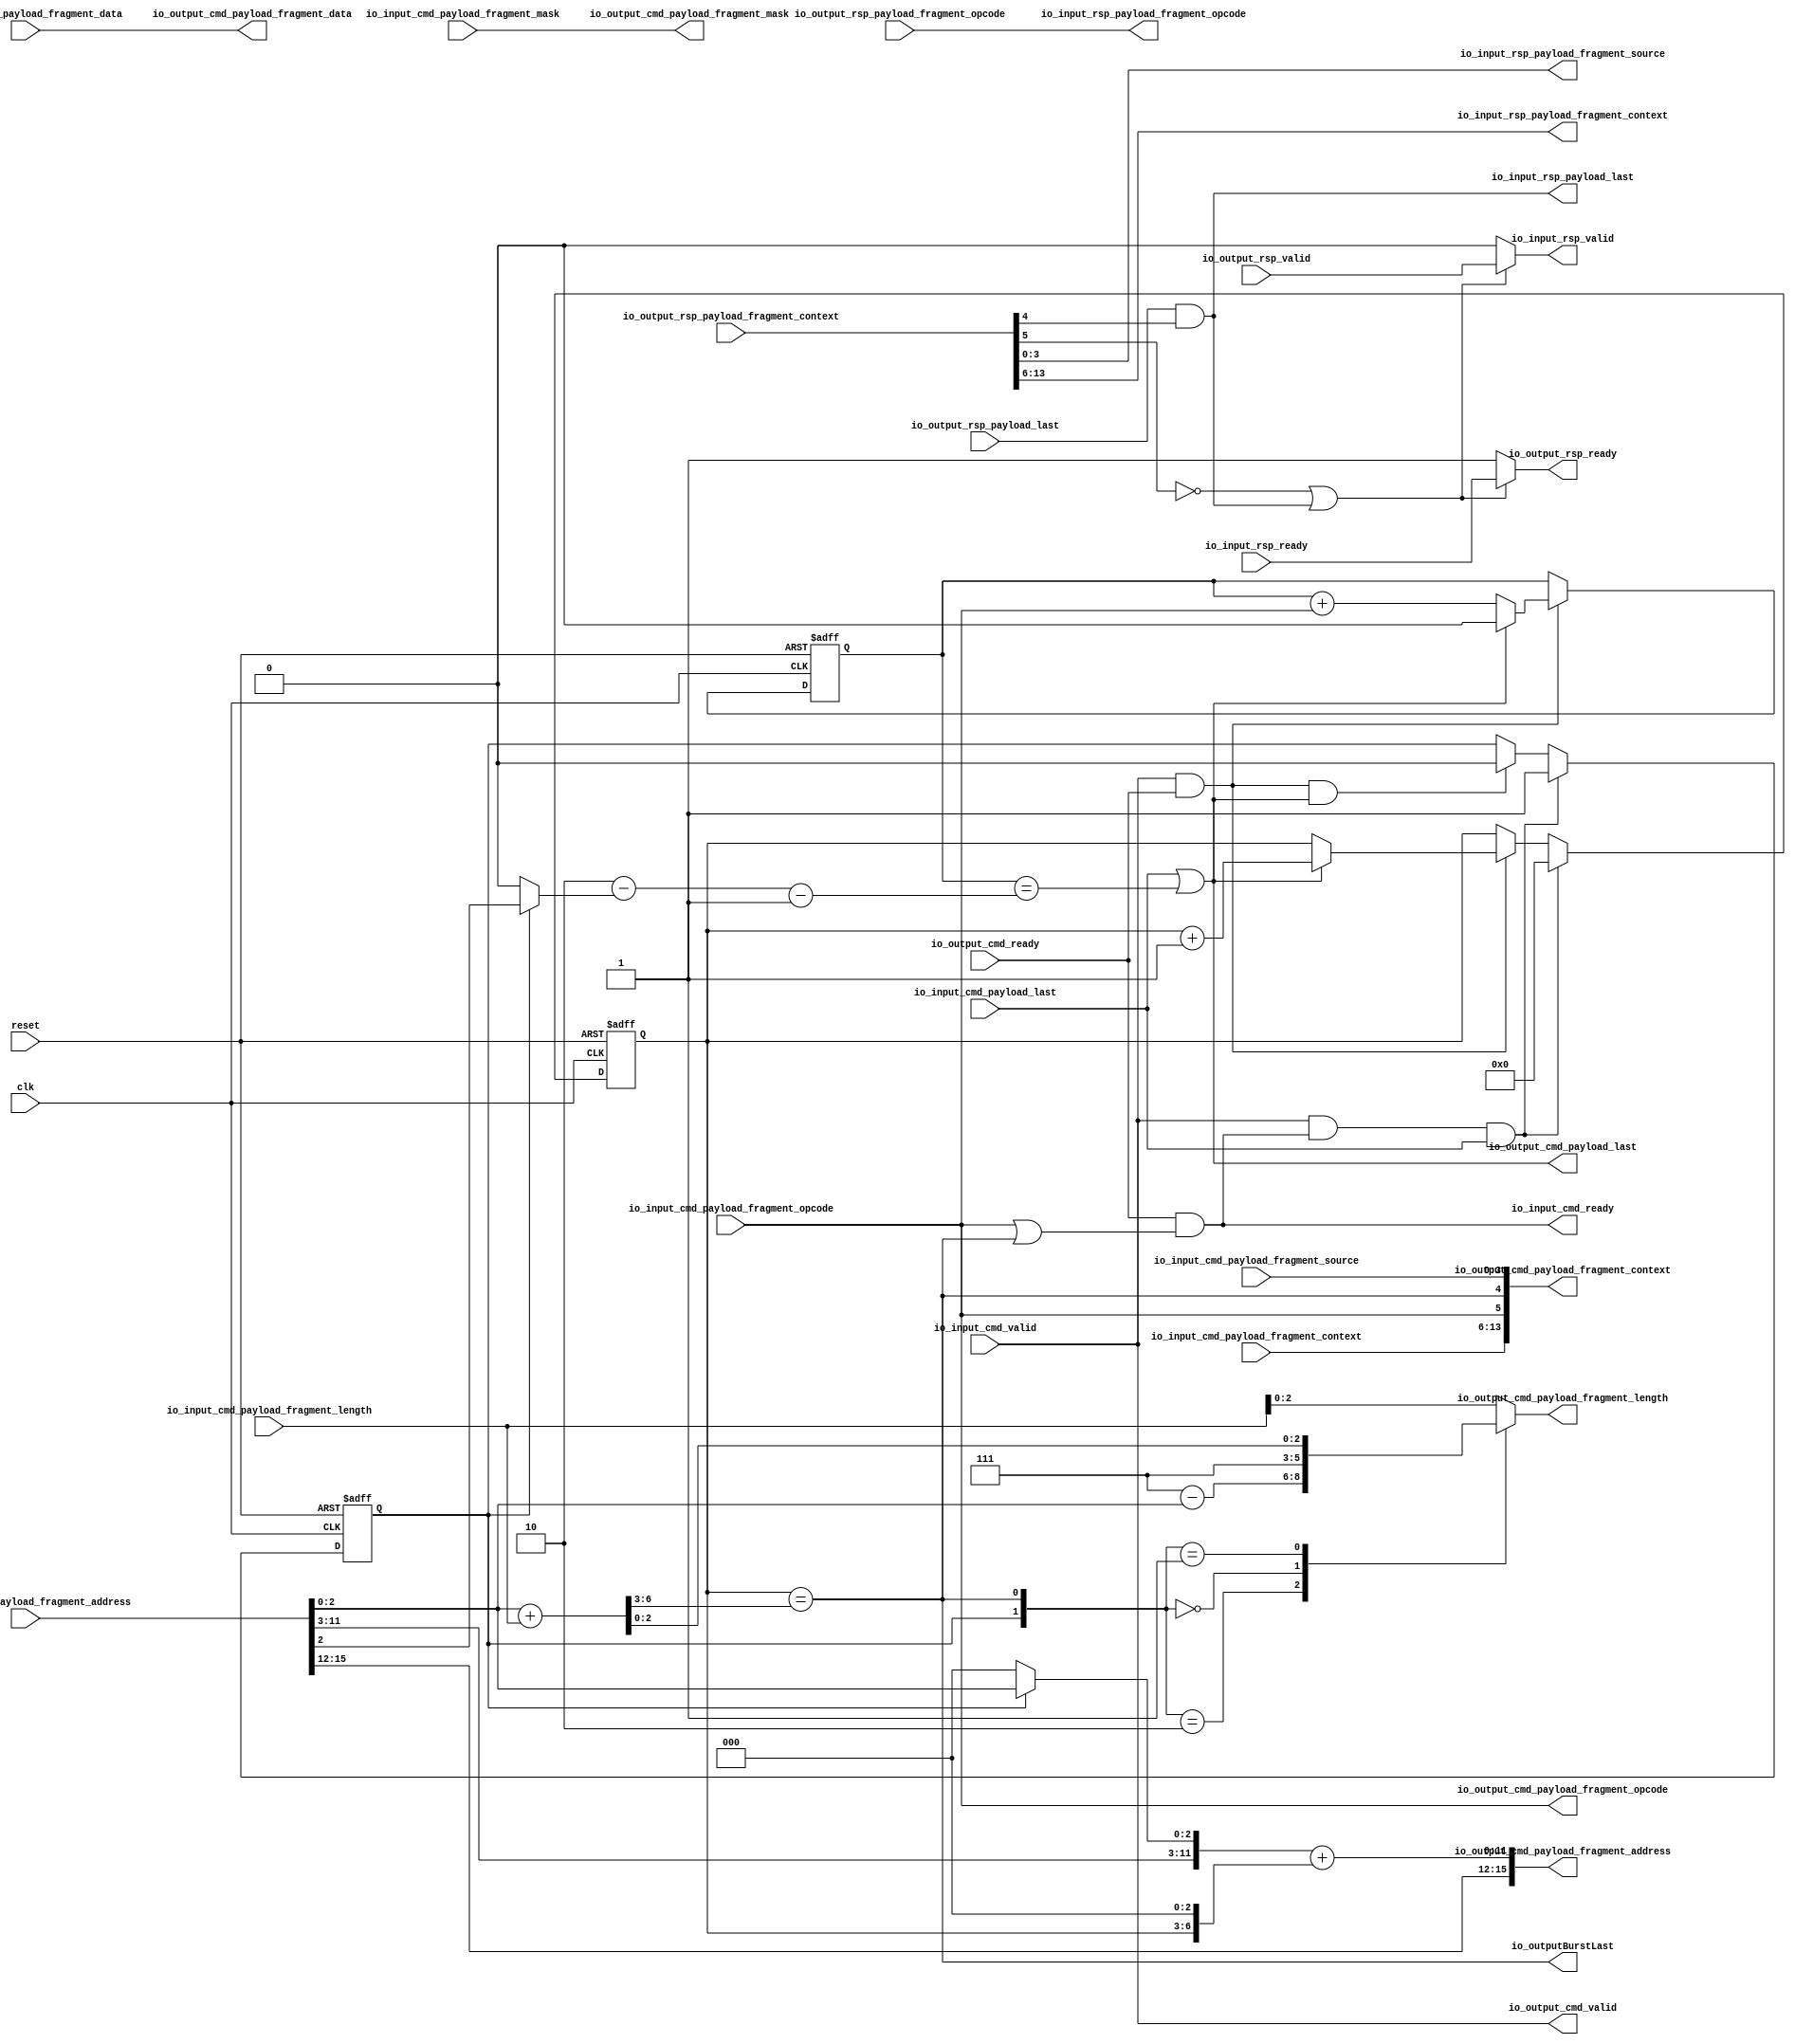
// Generator : SpinalHDL v1.4.3    git head : adf552d8f500e7419fff395b7049228e4bc5de26
// Component : BmbAlignedSpliter
// Git hash  : adf552d8f500e7419fff395b7049228e4bc5de26



module BmbAlignedSpliter (
  input               io_input_cmd_valid,
  output              io_input_cmd_ready,
  input               io_input_cmd_payload_last,
  input      [3:0]    io_input_cmd_payload_fragment_source,
  input      [0:0]    io_input_cmd_payload_fragment_opcode,
  input      [15:0]   io_input_cmd_payload_fragment_address,
  input      [5:0]    io_input_cmd_payload_fragment_length,
  input      [31:0]   io_input_cmd_payload_fragment_data,
  input      [3:0]    io_input_cmd_payload_fragment_mask,
  input      [7:0]    io_input_cmd_payload_fragment_context,
  output              io_input_rsp_valid,
  input               io_input_rsp_ready,
  output              io_input_rsp_payload_last,
  output     [3:0]    io_input_rsp_payload_fragment_source,
  output     [0:0]    io_input_rsp_payload_fragment_opcode,
  output     [7:0]    io_input_rsp_payload_fragment_context,
  output              io_output_cmd_valid,
  input               io_output_cmd_ready,
  output              io_output_cmd_payload_last,
  output     [0:0]    io_output_cmd_payload_fragment_opcode,
  output     [15:0]   io_output_cmd_payload_fragment_address,
  output     [2:0]    io_output_cmd_payload_fragment_length,
  output     [31:0]   io_output_cmd_payload_fragment_data,
  output     [3:0]    io_output_cmd_payload_fragment_mask,
  output     [13:0]   io_output_cmd_payload_fragment_context,
  input               io_output_rsp_valid,
  output reg          io_output_rsp_ready,
  input               io_output_rsp_payload_last,
  input      [0:0]    io_output_rsp_payload_fragment_opcode,
  input      [13:0]   io_output_rsp_payload_fragment_context,
  output              io_outputBurstLast,
  input               clk,
  input               reset
);
  wire                _zz_3;
  wire       [1:0]    _zz_4;
  wire       [2:0]    _zz_5;
  wire       [6:0]    _zz_6;
  wire       [0:0]    _zz_7;
  wire       [1:0]    _zz_8;
  wire       [1:0]    _zz_9;
  wire       [1:0]    _zz_10;
  wire       [11:0]   _zz_11;
  wire       [11:0]   _zz_12;
  wire       [11:0]   _zz_13;
  wire       [6:0]    _zz_14;
  wire       [11:0]   _zz_15;
  wire       [0:0]    _zz_16;
  wire       [3:0]    _zz_17;
  wire       [0:0]    _zz_18;
  wire       [0:0]    _zz_19;
  reg        [0:0]    cmdLogic_beatCounter;
  reg        [3:0]    cmdLogic_splitCounter;
  wire       [2:0]    cmdLogic_headLenghtMax;
  wire       [6:0]    cmdLogic_lastAddress;
  wire       [2:0]    cmdLogic_tailLength;
  wire       [3:0]    cmdLogic_splitCount;
  reg                 cmdLogic_firstSplit;
  wire                cmdLogic_lastSplit;
  reg        [15:0]   cmdLogic_addressBase;
  wire       [1:0]    cmdLogic_beatsInSplit;
  wire       [3:0]    cmdLogic_context_source;
  wire                cmdLogic_context_last;
  wire                cmdLogic_context_write;
  wire       [7:0]    cmdLogic_context_input;
  reg        [2:0]    _zz_1;
  wire       [3:0]    rspLogic_context_source;
  wire                rspLogic_context_last;
  wire                rspLogic_context_write;
  wire       [7:0]    rspLogic_context_input;
  wire       [13:0]   _zz_2;
  reg                 io_output_rsp_thrown_valid;
  wire                io_output_rsp_thrown_ready;
  wire                io_output_rsp_thrown_payload_last;
  wire       [0:0]    io_output_rsp_thrown_payload_fragment_opcode;
  wire       [13:0]   io_output_rsp_thrown_payload_fragment_context;

  assign _zz_3 = (! ((! rspLogic_context_write) || (rspLogic_context_last && io_output_rsp_payload_last)));
  assign _zz_4 = {cmdLogic_firstSplit,cmdLogic_lastSplit};
  assign _zz_5 = io_input_cmd_payload_fragment_address[2 : 0];
  assign _zz_6 = {4'd0, _zz_5};
  assign _zz_7 = (cmdLogic_firstSplit ? io_input_cmd_payload_fragment_address[2 : 2] : 1'b0);
  assign _zz_8 = {1'd0, _zz_7};
  assign _zz_9 = {1'd0, cmdLogic_beatCounter};
  assign _zz_10 = (cmdLogic_beatsInSplit - 2'b01);
  assign _zz_11 = (_zz_13 + _zz_15);
  assign _zz_12 = cmdLogic_addressBase[11 : 0];
  assign _zz_13 = _zz_12;
  assign _zz_14 = ({3'd0,cmdLogic_splitCounter} <<< 3);
  assign _zz_15 = {5'd0, _zz_14};
  assign _zz_16 = 1'b1;
  assign _zz_17 = {3'd0, _zz_16};
  assign _zz_18 = _zz_2[4 : 4];
  assign _zz_19 = _zz_2[5 : 5];
  assign cmdLogic_headLenghtMax = (3'b111 - io_input_cmd_payload_fragment_address[2 : 0]);
  assign cmdLogic_lastAddress = (_zz_6 + {1'b0,io_input_cmd_payload_fragment_length});
  assign cmdLogic_tailLength = cmdLogic_lastAddress[2 : 0];
  assign cmdLogic_splitCount = (cmdLogic_lastAddress >>> 3);
  assign cmdLogic_lastSplit = (cmdLogic_splitCounter == cmdLogic_splitCount);
  always @ (*) begin
    cmdLogic_addressBase = io_input_cmd_payload_fragment_address;
    if((! cmdLogic_firstSplit))begin
      cmdLogic_addressBase[2 : 0] = 3'b000;
    end
  end

  assign cmdLogic_beatsInSplit = (2'b10 - _zz_8);
  assign cmdLogic_context_input = io_input_cmd_payload_fragment_context;
  assign cmdLogic_context_last = cmdLogic_lastSplit;
  assign cmdLogic_context_write = (io_input_cmd_payload_fragment_opcode == 1'b1);
  assign cmdLogic_context_source = io_input_cmd_payload_fragment_source;
  assign io_output_cmd_valid = io_input_cmd_valid;
  assign io_output_cmd_payload_last = (io_input_cmd_payload_last || (_zz_9 == _zz_10));
  assign io_output_cmd_payload_fragment_address = {cmdLogic_addressBase[15 : 12],_zz_11};
  assign io_output_cmd_payload_fragment_context = {cmdLogic_context_input,{cmdLogic_context_write,{cmdLogic_context_last,cmdLogic_context_source}}};
  assign io_output_cmd_payload_fragment_opcode = io_input_cmd_payload_fragment_opcode;
  always @ (*) begin
    case(_zz_4)
      2'b10 : begin
        _zz_1 = cmdLogic_headLenghtMax;
      end
      2'b00 : begin
        _zz_1 = 3'b111;
      end
      2'b01 : begin
        _zz_1 = cmdLogic_tailLength;
      end
      default : begin
        _zz_1 = io_input_cmd_payload_fragment_length[2:0];
      end
    endcase
  end

  assign io_output_cmd_payload_fragment_length = _zz_1;
  assign io_output_cmd_payload_fragment_data = io_input_cmd_payload_fragment_data;
  assign io_output_cmd_payload_fragment_mask = io_input_cmd_payload_fragment_mask;
  assign io_outputBurstLast = cmdLogic_context_last;
  assign io_input_cmd_ready = (io_output_cmd_ready && ((io_input_cmd_payload_fragment_opcode == 1'b1) || cmdLogic_context_last));
  assign _zz_2 = io_output_rsp_payload_fragment_context;
  assign rspLogic_context_source = _zz_2[3 : 0];
  assign rspLogic_context_last = _zz_18[0];
  assign rspLogic_context_write = _zz_19[0];
  assign rspLogic_context_input = _zz_2[13 : 6];
  always @ (*) begin
    io_output_rsp_thrown_valid = io_output_rsp_valid;
    if(_zz_3)begin
      io_output_rsp_thrown_valid = 1'b0;
    end
  end

  always @ (*) begin
    io_output_rsp_ready = io_output_rsp_thrown_ready;
    if(_zz_3)begin
      io_output_rsp_ready = 1'b1;
    end
  end

  assign io_output_rsp_thrown_payload_last = io_output_rsp_payload_last;
  assign io_output_rsp_thrown_payload_fragment_opcode = io_output_rsp_payload_fragment_opcode;
  assign io_output_rsp_thrown_payload_fragment_context = io_output_rsp_payload_fragment_context;
  assign io_input_rsp_valid = io_output_rsp_thrown_valid;
  assign io_output_rsp_thrown_ready = io_input_rsp_ready;
  assign io_input_rsp_payload_last = (io_output_rsp_payload_last && rspLogic_context_last);
  assign io_input_rsp_payload_fragment_source = rspLogic_context_source;
  assign io_input_rsp_payload_fragment_opcode = io_output_rsp_payload_fragment_opcode;
  assign io_input_rsp_payload_fragment_context = rspLogic_context_input;
  always @ (posedge clk or posedge reset) begin
    if (reset) begin
      cmdLogic_beatCounter <= 1'b0;
      cmdLogic_splitCounter <= 4'b0000;
      cmdLogic_firstSplit <= 1'b1;
    end else begin
      if(((io_output_cmd_valid && io_output_cmd_ready) && io_output_cmd_payload_last))begin
        cmdLogic_firstSplit <= 1'b0;
      end
      if((io_output_cmd_valid && io_output_cmd_ready))begin
        cmdLogic_beatCounter <= (cmdLogic_beatCounter + (io_input_cmd_payload_fragment_opcode == 1'b1));
        if(io_output_cmd_payload_last)begin
          cmdLogic_splitCounter <= (cmdLogic_splitCounter + _zz_17);
          cmdLogic_beatCounter <= 1'b0;
        end
      end
      if(((io_input_cmd_valid && io_input_cmd_ready) && io_input_cmd_payload_last))begin
        cmdLogic_splitCounter <= 4'b0000;
        cmdLogic_firstSplit <= 1'b1;
      end
    end
  end


endmodule